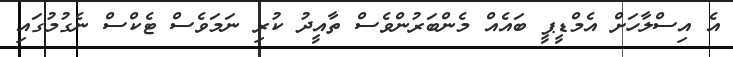
އެ އިސްލާހަށް އެމްޑީޕީ ބައެއް މެންބަރުންވެސް ތާއީދު ކުރި ނަމަވެސް ޓެކްސް ނެގުމުގައި